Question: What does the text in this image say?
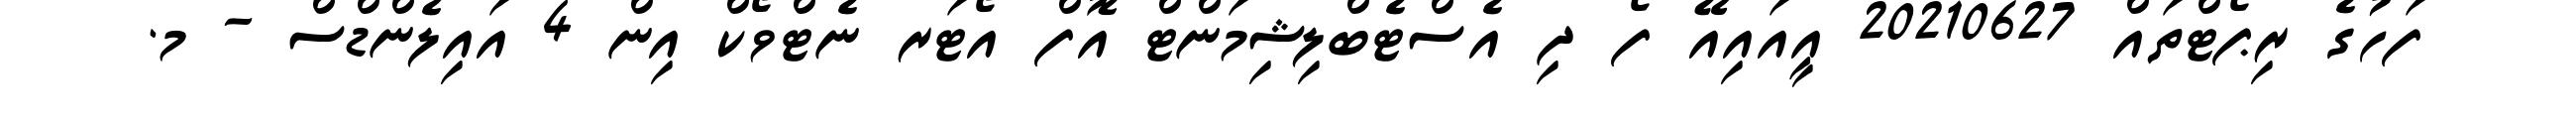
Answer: ފަހުގެ ރިޕޯޓްތައް 20210627 އީއައިއޭ ފޯ ދި އެސްޓެބްލިޝިމަންޓް އޮފް އޯޓަރ ނެޓްވޯކް އިން 4 އައިލެންޑްސް - މ.